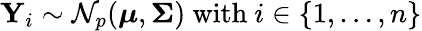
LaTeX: \mathbf{Y}_{i}\sim{\mathcal{N}}_{p}({\boldsymbol{\mu}},{\boldsymbol{\Sigma}}){\mathrm{~with~}}i\in\{ 1,\ldots,n\}